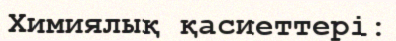
Химиялық қасиеттері: